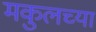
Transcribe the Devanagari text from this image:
मकुलच्या